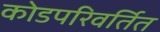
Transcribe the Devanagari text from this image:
कोडपरिवर्तित